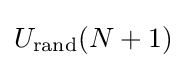
U_{\text{rand}}(N+1)